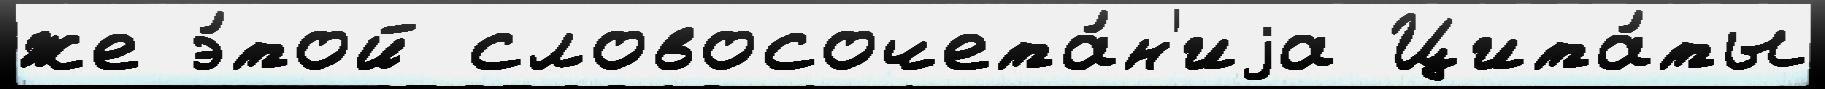
же э́той словосочета́н'иjа Цита́ты